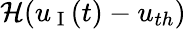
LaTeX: \mathcal{H}(u_{\mathrm{~I~}}(t)-u_{th})